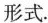
形式。